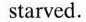
starved.